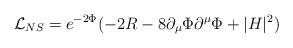
LaTeX: \begin{align*}\mathcal{L}_{NS}=e^{-2\Phi}(-2R-8\partial_\mu\Phi\partial^\mu\Phi+|H|^2)\end{align*}